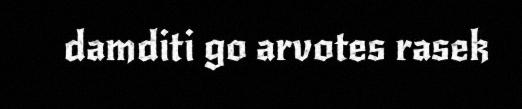
damditi go arvotes rasek